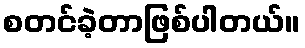
စတင်ခဲ့တာဖြစ်ပါတယ်။